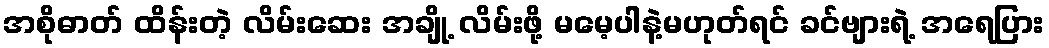
အစိုဓာတ် ထိန်းတဲ့ လိမ်းဆေး အချို့ လိမ်းဖို့ မမေ့ပါနဲ့မဟုတ်ရင် ခင်ဗျားရဲ့ အရေပြား